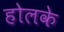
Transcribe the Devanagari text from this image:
होलके